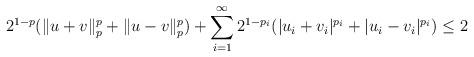
LaTeX: \begin{align*} 2^{1-p} (\|u+v\|_p^p +\|u-v\|_p^p) + \sum_{i=1}^\infty 2^{1-p_i}(|u_i+v_i|^{p_i}+|u_i-v_i|^{p_i}) \leq 2\end{align*}